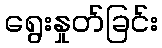
ရွေးနှုတ်ခြင်း